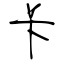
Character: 卡